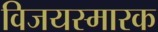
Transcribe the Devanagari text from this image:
विजयस्मारक